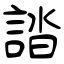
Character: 誻